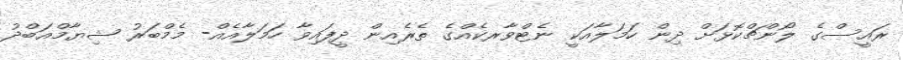
ރައީސްގެ ލޯންޗްކޮޅަށް ދިން ހަމަލާއަކީ ނެޓްވާރކެއްގެ ތެރެއިން ދީފައިވާ ހަމަލާއެއް- މެމްބަރު ޝިޔާމްއަބްދު